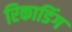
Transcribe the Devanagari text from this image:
रिकाडिंग